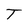
Character: T